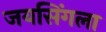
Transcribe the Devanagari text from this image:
जयसिंगला